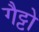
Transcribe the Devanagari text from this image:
गैट्टो